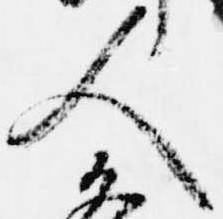
人